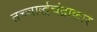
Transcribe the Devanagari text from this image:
तच्चार्द्धचंद्राकारं